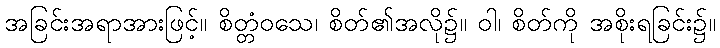
အခြင်းအရာအားဖြင့်။ စိတ္တံဝသေ၊ စိတ်၏အလို၌။ ဝါ၊ စိတ်ကို အစိုးရခြင်း၌။